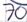
Text: 70